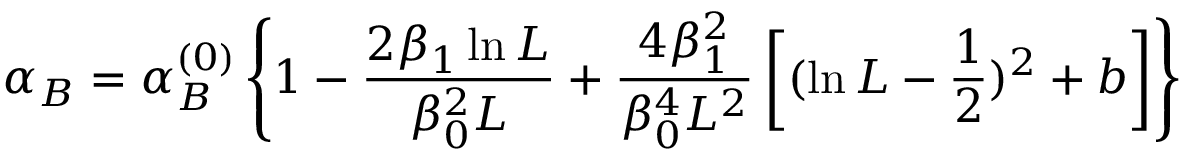
\alpha _ { B } = \alpha _ { B } ^ { ( 0 ) } \left\{ 1 - \frac { 2 \beta _ { 1 } \ln L } { \beta _ { 0 } ^ { 2 } L } + \frac { 4 \beta _ { 1 } ^ { 2 } } { \beta _ { 0 } ^ { 4 } L ^ { 2 } } \left[ ( \ln L - \frac { 1 } { 2 } ) ^ { 2 } + b \right] \right\}